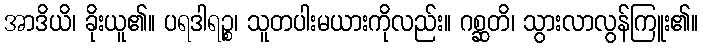
အာဒိယိ၊ ခိုးယူ၏။ ပရဒါရဉ္စ၊ သူတပါးမယားကိုလည်း။ ဂစ္ဆတိ၊ သွားလာလွန်ကြူး၏။